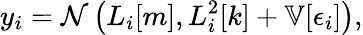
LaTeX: y_{i}=\mathcal{N}\left(L_{i}[m],L_{i}^{2}[k]+\mathbb{V}[\epsilon_{i}]\right),